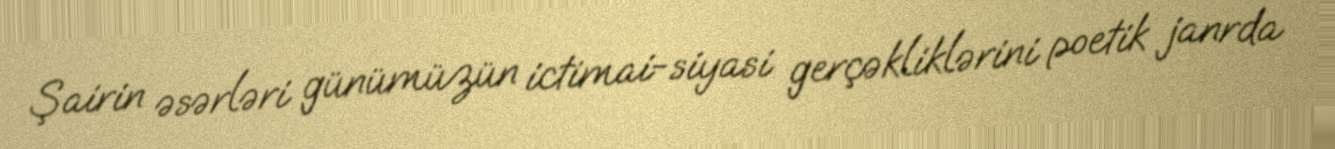
Şairin əsərləri günümüzün ictimai-siyasi gerçəkliklərini poetik janrda